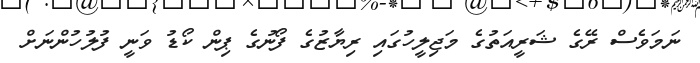
ނަމަވެސް ރޭގެ ޝަރީއަތުގެ މަޖިލީހުގައި ރިޔާޒުގެ ފޯނުގެ ޕިން ކޯޑު ވަނީ ފުލުހުންނަށް